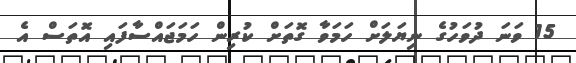
15 ވަނަ ދުވަހުގެ ނިޔަލަށް ހަމަވާ ގޮތަށް ކުރިން ހަމަޖައްސާފައި އޮތަސް އެ